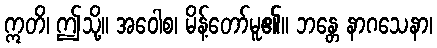
ဣတိ၊ ဤသို့။ အဝေါစ၊ မိန့်တော်မူ၏။ ဘန္တေ နာဂသေနာ၊